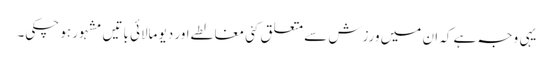
یہی وجہ ہے کہ ان میں ورزش سے متعلق کئی مغالطے اور دیو مالائی باتیں مشہور ہو چکی۔